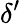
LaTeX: \delta^{\prime}